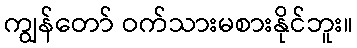
ကျွန်တော် ဝက်သားမစားနိုင်ဘူး။